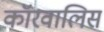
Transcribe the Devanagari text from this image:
कॉरवालिस